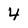
Character: 4